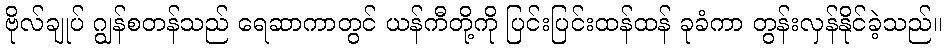
ဗိုလ်ချုပ် ဂျွန်စတန်သည် ရေဆာကာတွင် ယန်ကီတို့ကို ပြင်းပြင်းထန်ထန် ခုခံကာ တွန်းလှန်နိုင်ခဲ့သည်။